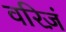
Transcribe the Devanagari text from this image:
वरिज़ं